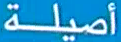
أصيلة